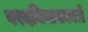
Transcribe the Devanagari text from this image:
वरदविनायकाचे